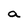
Character: a